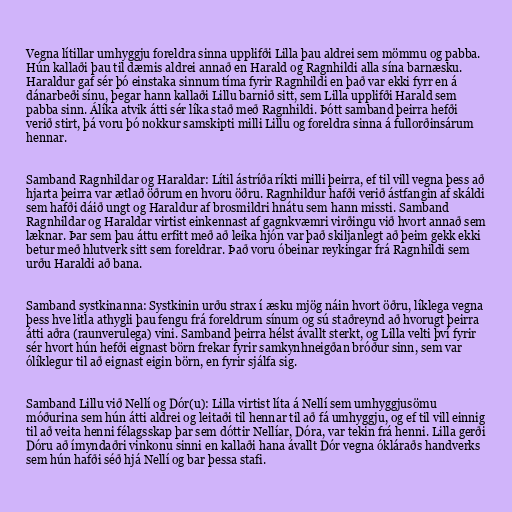
Vegna lítillar umhyggju foreldra sinna upplifði Lilla þau aldrei sem mömmu og pabba.
Hún kallaði þau til dæmis aldrei annað en Harald og Ragnhildi alla sína barnæsku.
Haraldur gaf sér þó einstaka sinnum tíma fyrir Ragnhildi en það var ekki fyrr en á
dánarbeði sínu, þegar hann kallaði Lillu barnið sitt, sem Lilla upplifði Harald sem
pabba sinn. Álíka atvik átti sér líka stað með Ragnhildi. Þótt samband þeirra hefði
verið stirt, þá voru þó nokkur samskipti milli Lillu og foreldra sinna á fullorðinsárum
hennar.

Samband Ragnhildar og Haraldar: Lítil ástríða ríkti milli þeirra, ef til vill vegna þess að
hjarta þeirra var ætlað öðrum en hvoru öðru. Ragnhildur hafði verið ástfangin af skáldi
sem hafði dáið ungt og Haraldur af brosmildri hnátu sem hann missti. Samband
Ragnhildar og Haraldar virtist einkennast af gagnkvæmri virðingu við hvort annað sem
læknar. Þar sem þau áttu erfitt með að leika hjón var það skiljanlegt að þeim gekk ekki
betur með hlutverk sitt sem foreldrar. Það voru óbeinar reykingar frá Ragnhildi sem
urðu Haraldi að bana.

Samband systkinanna: Systkinin urðu strax í æsku mjög náin hvort öðru, líklega vegna
þess hve litla athygli þau fengu frá foreldrum sínum og sú staðreynd að hvorugt þeirra
átti aðra (raunverulega) vini. Samband þeirra hélst ávallt sterkt, og Lilla velti því fyrir
sér hvort hún hefði eignast börn frekar fyrir samkynhneigðan bróður sinn, sem var
ólíklegur til að eignast eigin börn, en fyrir sjálfa sig.

Samband Lillu við Nellí og Dór(u): Lilla virtist líta á Nellí sem umhyggjusömu
móðurina sem hún átti aldrei og leitaði til hennar til að fá umhyggju, og ef til vill einnig
til að veita henni félagsskap þar sem dóttir Nellíar, Dóra, var tekin frá henni. Lilla gerði
Dóru að ímyndaðri vinkonu sinni en kallaði hana ávallt Dór vegna ókláraðs handverks
sem hún hafði séð hjá Nellí og bar þessa stafi.